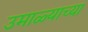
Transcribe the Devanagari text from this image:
उमाळ्याच्या